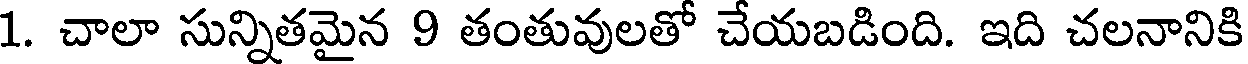
1. చాలా సున్నితమైన 9 తంతువులతో చేయబడింది. ఇది చలనానికి